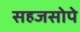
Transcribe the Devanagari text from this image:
सहजसोपे